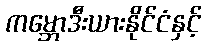
ကမ္ဘောဒီးယားနိုင်ငံနှင့်